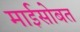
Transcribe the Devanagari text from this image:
माईसोबत